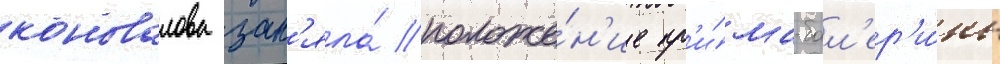
коновалова зан'яла́ положе́н'ие пр'и́ма-бал'ер'и́ны